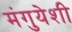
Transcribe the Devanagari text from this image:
मंगुयेशी